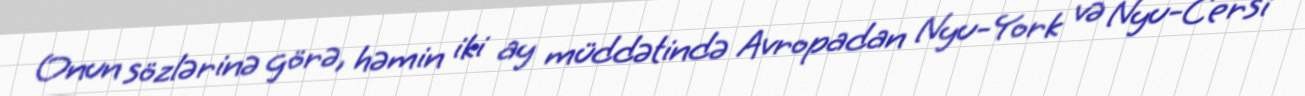
Onun sözlərinə görə, həmin iki ay müddətində Avropadan Nyu-York və Nyu-Cersi